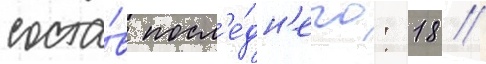
соста́в посл'е́дн'его: 18 //